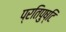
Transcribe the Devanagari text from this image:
प्रतिपुष्‍टि